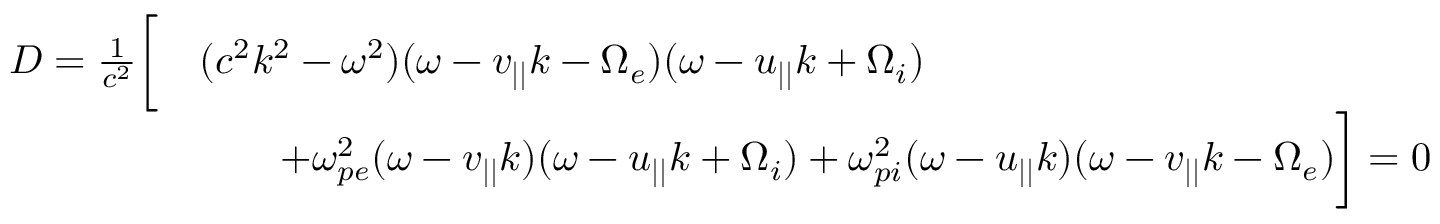
\begin{array} { r l } { D = \frac { 1 } { c ^ { 2 } } \bigg [ } & { ( c ^ { 2 } k ^ { 2 } - \omega ^ { 2 } ) ( \omega - v _ { | | } k - \Omega _ { e } ) ( \omega - u _ { | | } k + \Omega _ { i } ) } \\ & { \qquad + \omega _ { p e } ^ { 2 } ( \omega - v _ { | | } k ) ( \omega - u _ { | | } k + \Omega _ { i } ) + \omega _ { p i } ^ { 2 } ( \omega - u _ { | | } k ) ( \omega - v _ { | | } k - \Omega _ { e } ) \bigg ] = 0 } \end{array}